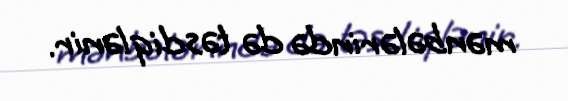
mənbələrində də təsdiqlənir.